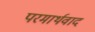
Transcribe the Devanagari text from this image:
परमार्थवाद